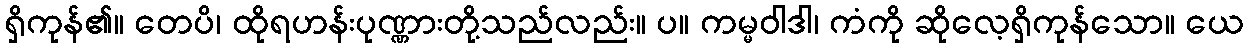
ရှိကုန်၏။ တေပိ၊ ထိုရဟန်းပုဏ္ဏားတို့သည်လည်း။ ပ။ ကမ္မဝါဒါ၊ ကံကို ဆိုလေ့ရှိကုန်သော။ ယေ